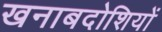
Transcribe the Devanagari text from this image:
खनाबदोशियों